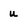
Character: u